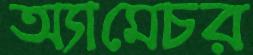
অ্যামেচর